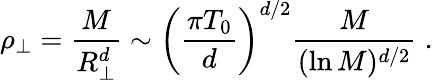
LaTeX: \rho_{\perp}={\frac{M}{R_{\perp}^{d}}}\sim\left({\frac{\pi T_{0}}{d}}\right)^{d/2}{\frac{M}{(\ln{M})^{d/2}}}\; .